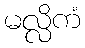
မလ္လိကံ